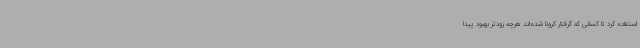
استفاده کرد تا کسانی که گرفتار کرونا شده‌اند هرچه زودتر بهبود پیدا